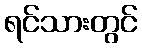
ရင်သားတွင်